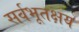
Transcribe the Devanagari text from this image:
सर्वभूतक्षय